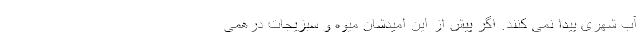
آبِ شهری پیدا نمی کنند. اگر پیش از این امیدشان میوه و سبزیجاتِ درهمی